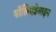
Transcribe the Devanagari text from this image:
पॉलिएडेमाइन